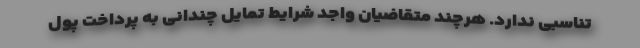
تناسبی ندارد. هرچند متقاضیان واجد شرایط تمایل چندانی به پرداخت پول